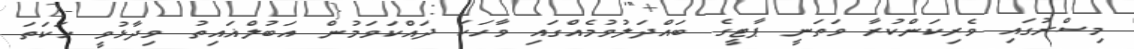
މިސްރުގައި ވެރިކަންކުރާ ވަތަނީ ޕާޓީގެ ބައްދަލުވުމެއްގައި ވާހަކަ ދައްކަވަމުން އަބުލްޣައިތު ވިދާޅުވީ ހަކަތަ